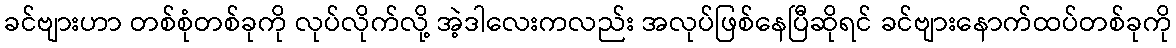
ခင်ဗျားဟာ တစ်စုံတစ်ခုကို လုပ်လိုက်လို့ အဲ့ဒါလေးကလည်း အလုပ်ဖြစ်နေပြီဆိုရင် ခင်ဗျားနောက်ထပ်တစ်ခုကို